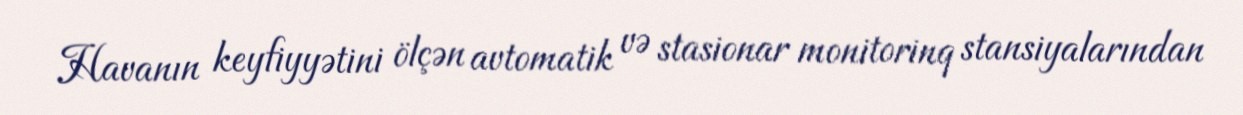
Havanın keyfiyyətini ölçən avtomatik və stasionar monitorinq stansiyalarından